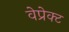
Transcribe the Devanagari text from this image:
वेप्रेक्ट